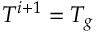
T ^ { i + 1 } = T _ { g }